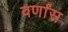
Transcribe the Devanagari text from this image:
वर्णांस